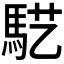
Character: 𱄓